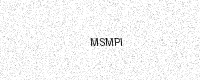
Text: MSMPI